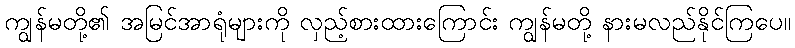
ကျွန်မတို့၏ အမြင်အာရုံများကို လှည့်စားထားကြောင်း ကျွန်မတို့ နားမလည်နိုင်ကြပေ။